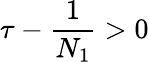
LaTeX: \tau-\frac{1}{N_{1}}>0